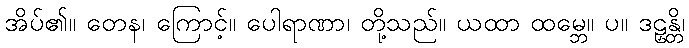
အိပ်၏။ တေန၊ ကြောင့်။ ပေါရာဏာ၊ တို့သည်။ ယထာ ထမ္ဘေ။ ပ။ ဒဠှန္တိ၊